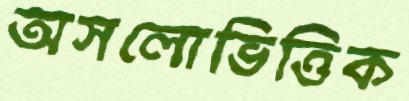
অসলোভিত্তিক